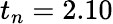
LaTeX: t_{n}=2.10